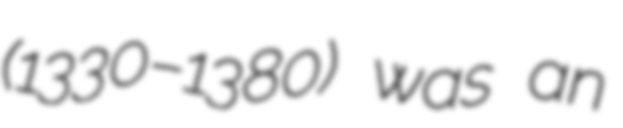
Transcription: (1330–1380) was an